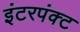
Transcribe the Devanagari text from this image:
इंटरपंक्ट